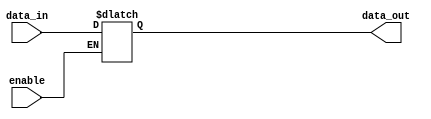
module comb_logic_buffer (
    input data_in,
    input enable,
    output reg data_out
);

always @ (data_in, enable)
begin
    if (enable)
        data_out = data_in;
    else
        data_out = data_out;
end

endmodule